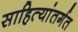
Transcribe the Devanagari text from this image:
साहित्यांतर्गत